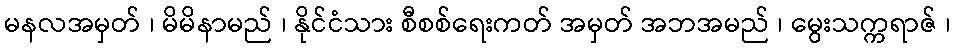
မနလအမှတ် ၊ မိမိနာမည် ၊ နိုင်ငံသား စီစစ်ရေးကတ် အမှတ် အဘအမည် ၊ မွေးသက္ကရာဇ် ၊